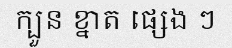
ក្បួន ខ្នាត ផ្សេង ៗ